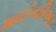
માઈનરિઅડ